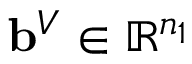
\mathbf { b } ^ { V } \in \mathbb { R } ^ { n _ { 1 } }